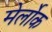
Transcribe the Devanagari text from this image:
मेर्लोक